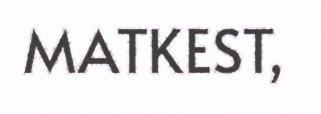
MATKEST,